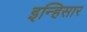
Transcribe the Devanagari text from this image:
इन्हिसार